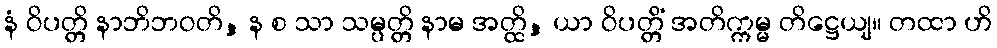
နံ ဝိပတ္တိ နာဘိဘဝတိ, န စ သာ သမ္ပတ္တိ နာမ အတ္ထိ, ယာ ဝိပတ္တိံ အတိက္ကမ္မ တိဋ္ဌေယျ။ တထာ ဟိ